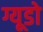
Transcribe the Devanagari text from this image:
ग्यूडो